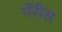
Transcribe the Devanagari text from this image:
मॅरीस